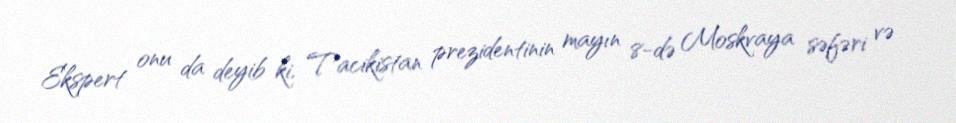
Ekspert onu da deyib ki, Tacikistan prezidentinin mayın 8-də Moskvaya səfəri və